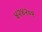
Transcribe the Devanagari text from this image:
४२४२०१